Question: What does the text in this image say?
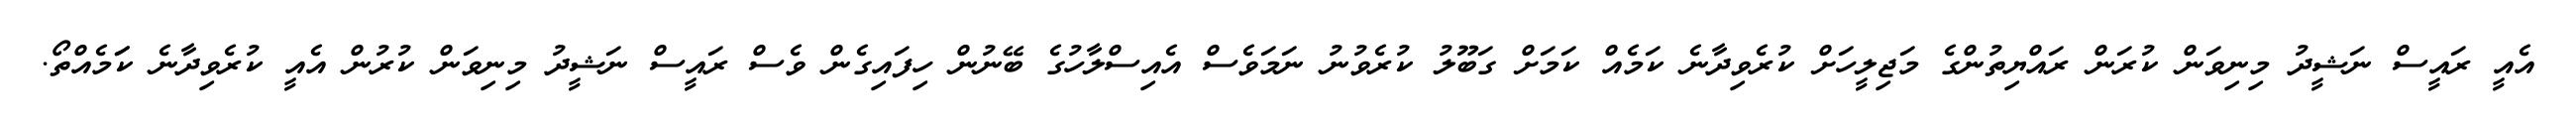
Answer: އެއީ ރައީސް ނަޝީދު މިނިވަން ކުރަން ރައްޔިތުންގެ މަޖިލީހަށް ކުރެވިދާނެ ކަމެއް ކަމަށް ގަބޫލު ކުރެވުނު ނަމަވެސް އެއިސްލާހުގެ ބޭނުން ހިފައިގެން ވެސް ރައީސް ނަޝީދު މިނިވަން ކުރުން އެއީ ކުރެވިދާނެ ކަަމެއްތޯ.